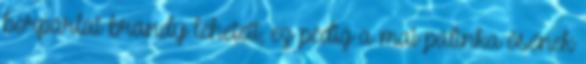
borpárlat brandy lehetett, ez pedig a mai pálinka ősének